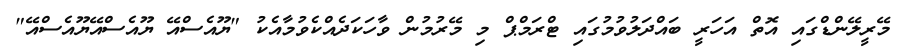
މޭރީލޭންޑްގައި އޮތް އަހަރީ ބައްދަލުވުމުގައި ޓްރަމްޕް މި މޭރުމުން ވާހަކަދެއްކެވުމާއެކު "ޔޫއެސްއޭ ޔޫއެސްއޭޔޫއެސްއޭ"